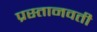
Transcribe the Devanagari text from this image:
प्रस्तानवती